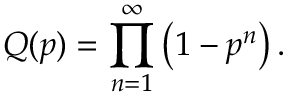
Q ( p ) = \prod _ { n = 1 } ^ { \infty } \left( 1 - p ^ { n } \right) .